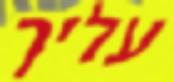
עליך